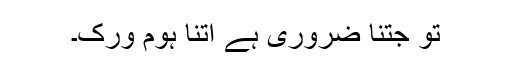
تو جتنا ضروری ہے اتنا ہوم ورک۔